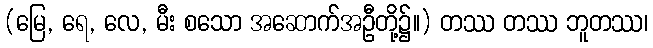
(မြေ, ရေ, လေ, မီး စသော အဆောက်အဦတို့၌။) တဿ တဿ ဘူတဿ၊